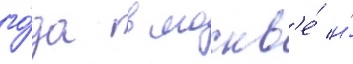
го́да в москв'е́ и́